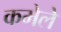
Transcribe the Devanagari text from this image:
कमेले